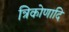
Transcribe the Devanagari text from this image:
त्रिकोणादि